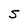
Character: S